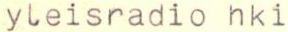
yleisradio hki